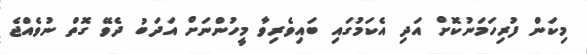
މިކަން ފުރިހަމަނުކޮށް އަދި އެކަމުގައި ބައިވެރިވާ މީހުންނަށް އަދަބު ދެވޭ ގޮތް ނުވެއްޖެ